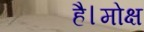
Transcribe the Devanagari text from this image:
है।मोक्ष